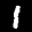
Label: 1